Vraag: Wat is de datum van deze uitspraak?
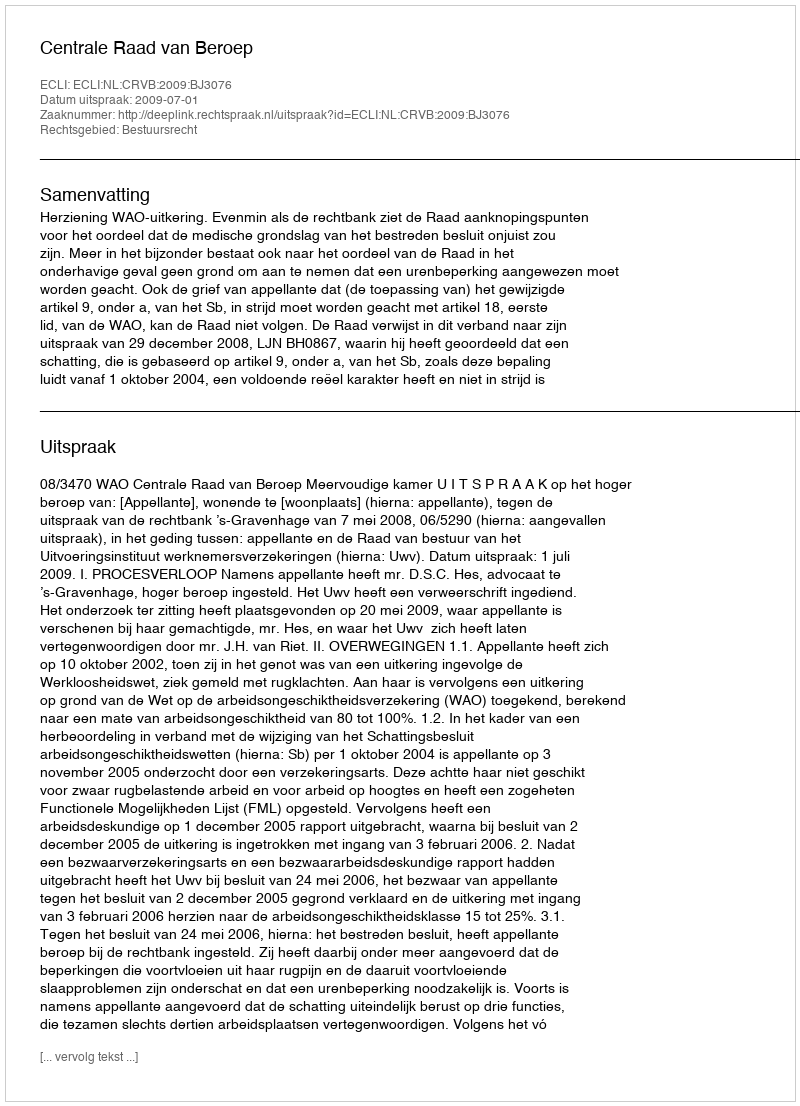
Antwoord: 2009-07-01